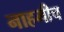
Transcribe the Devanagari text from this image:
नाहमीच